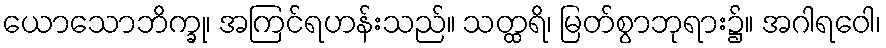
ယောသောဘိက္ခု၊ အကြင်ရဟန်းသည်။ သတ္ထရိ၊ မြတ်စွာဘုရား၌။ အဂါရဝေါ၊